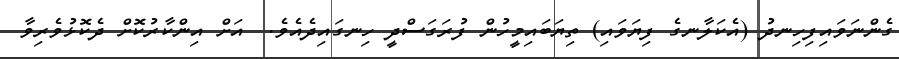
ގެންނަވައިފިހިނދު (އެކަލާނގެ ފިޔަވައި) ތިޔަބައިމީހުން ފުރަގަސްދީ ހިނގައިދެއެވެ.  އަށް އިންކާރުކޮށް ދެކޮޅުވެރިވާ